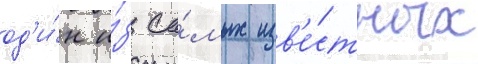
од'и́н и́з са́мых изв'е́стных